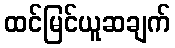
ထင်မြင်ယူဆချက်